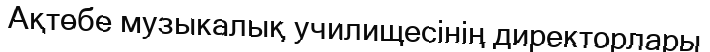
Ақтөбе музыкалық училищесінің директорлары